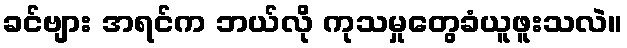
ခင်ဗျား အရင်က ဘယ်လို ကုသမှုတွေခံယူဖူးသလဲ။